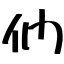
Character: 們